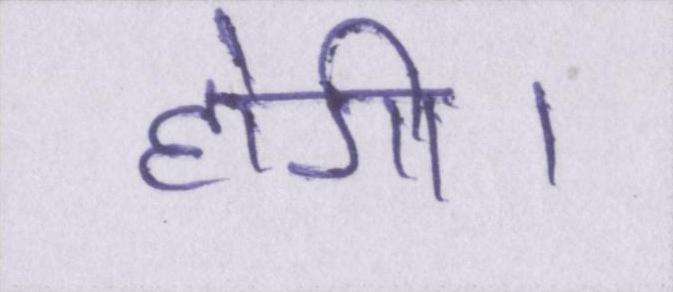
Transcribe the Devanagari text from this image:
होगी।